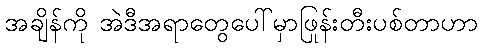
အချိန်ကို အဲဒီအရာတွေပေါ်မှာဖြုန်းတီးပစ်တာဟာ